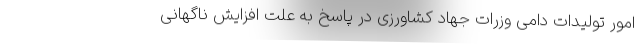
امور تولیدات دامی وزرات جهاد کشاورزی در پاسخ به علت افزایش ناگهانی